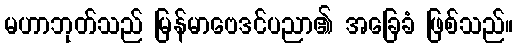
မဟာဘုတ်သည် မြန်မာဗေဒင်ပညာ၏ အခြေခံ ဖြစ်သည်။